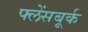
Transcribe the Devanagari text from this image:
फ्लेंसबूर्क